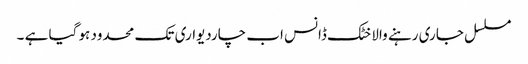
مسلسل جاری رہنے والا خٹک ڈانس اب چاردیواری تک محدود ہو گیا ہے ۔